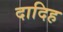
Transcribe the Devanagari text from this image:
दादिह